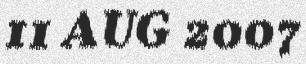
11 AUG 2007